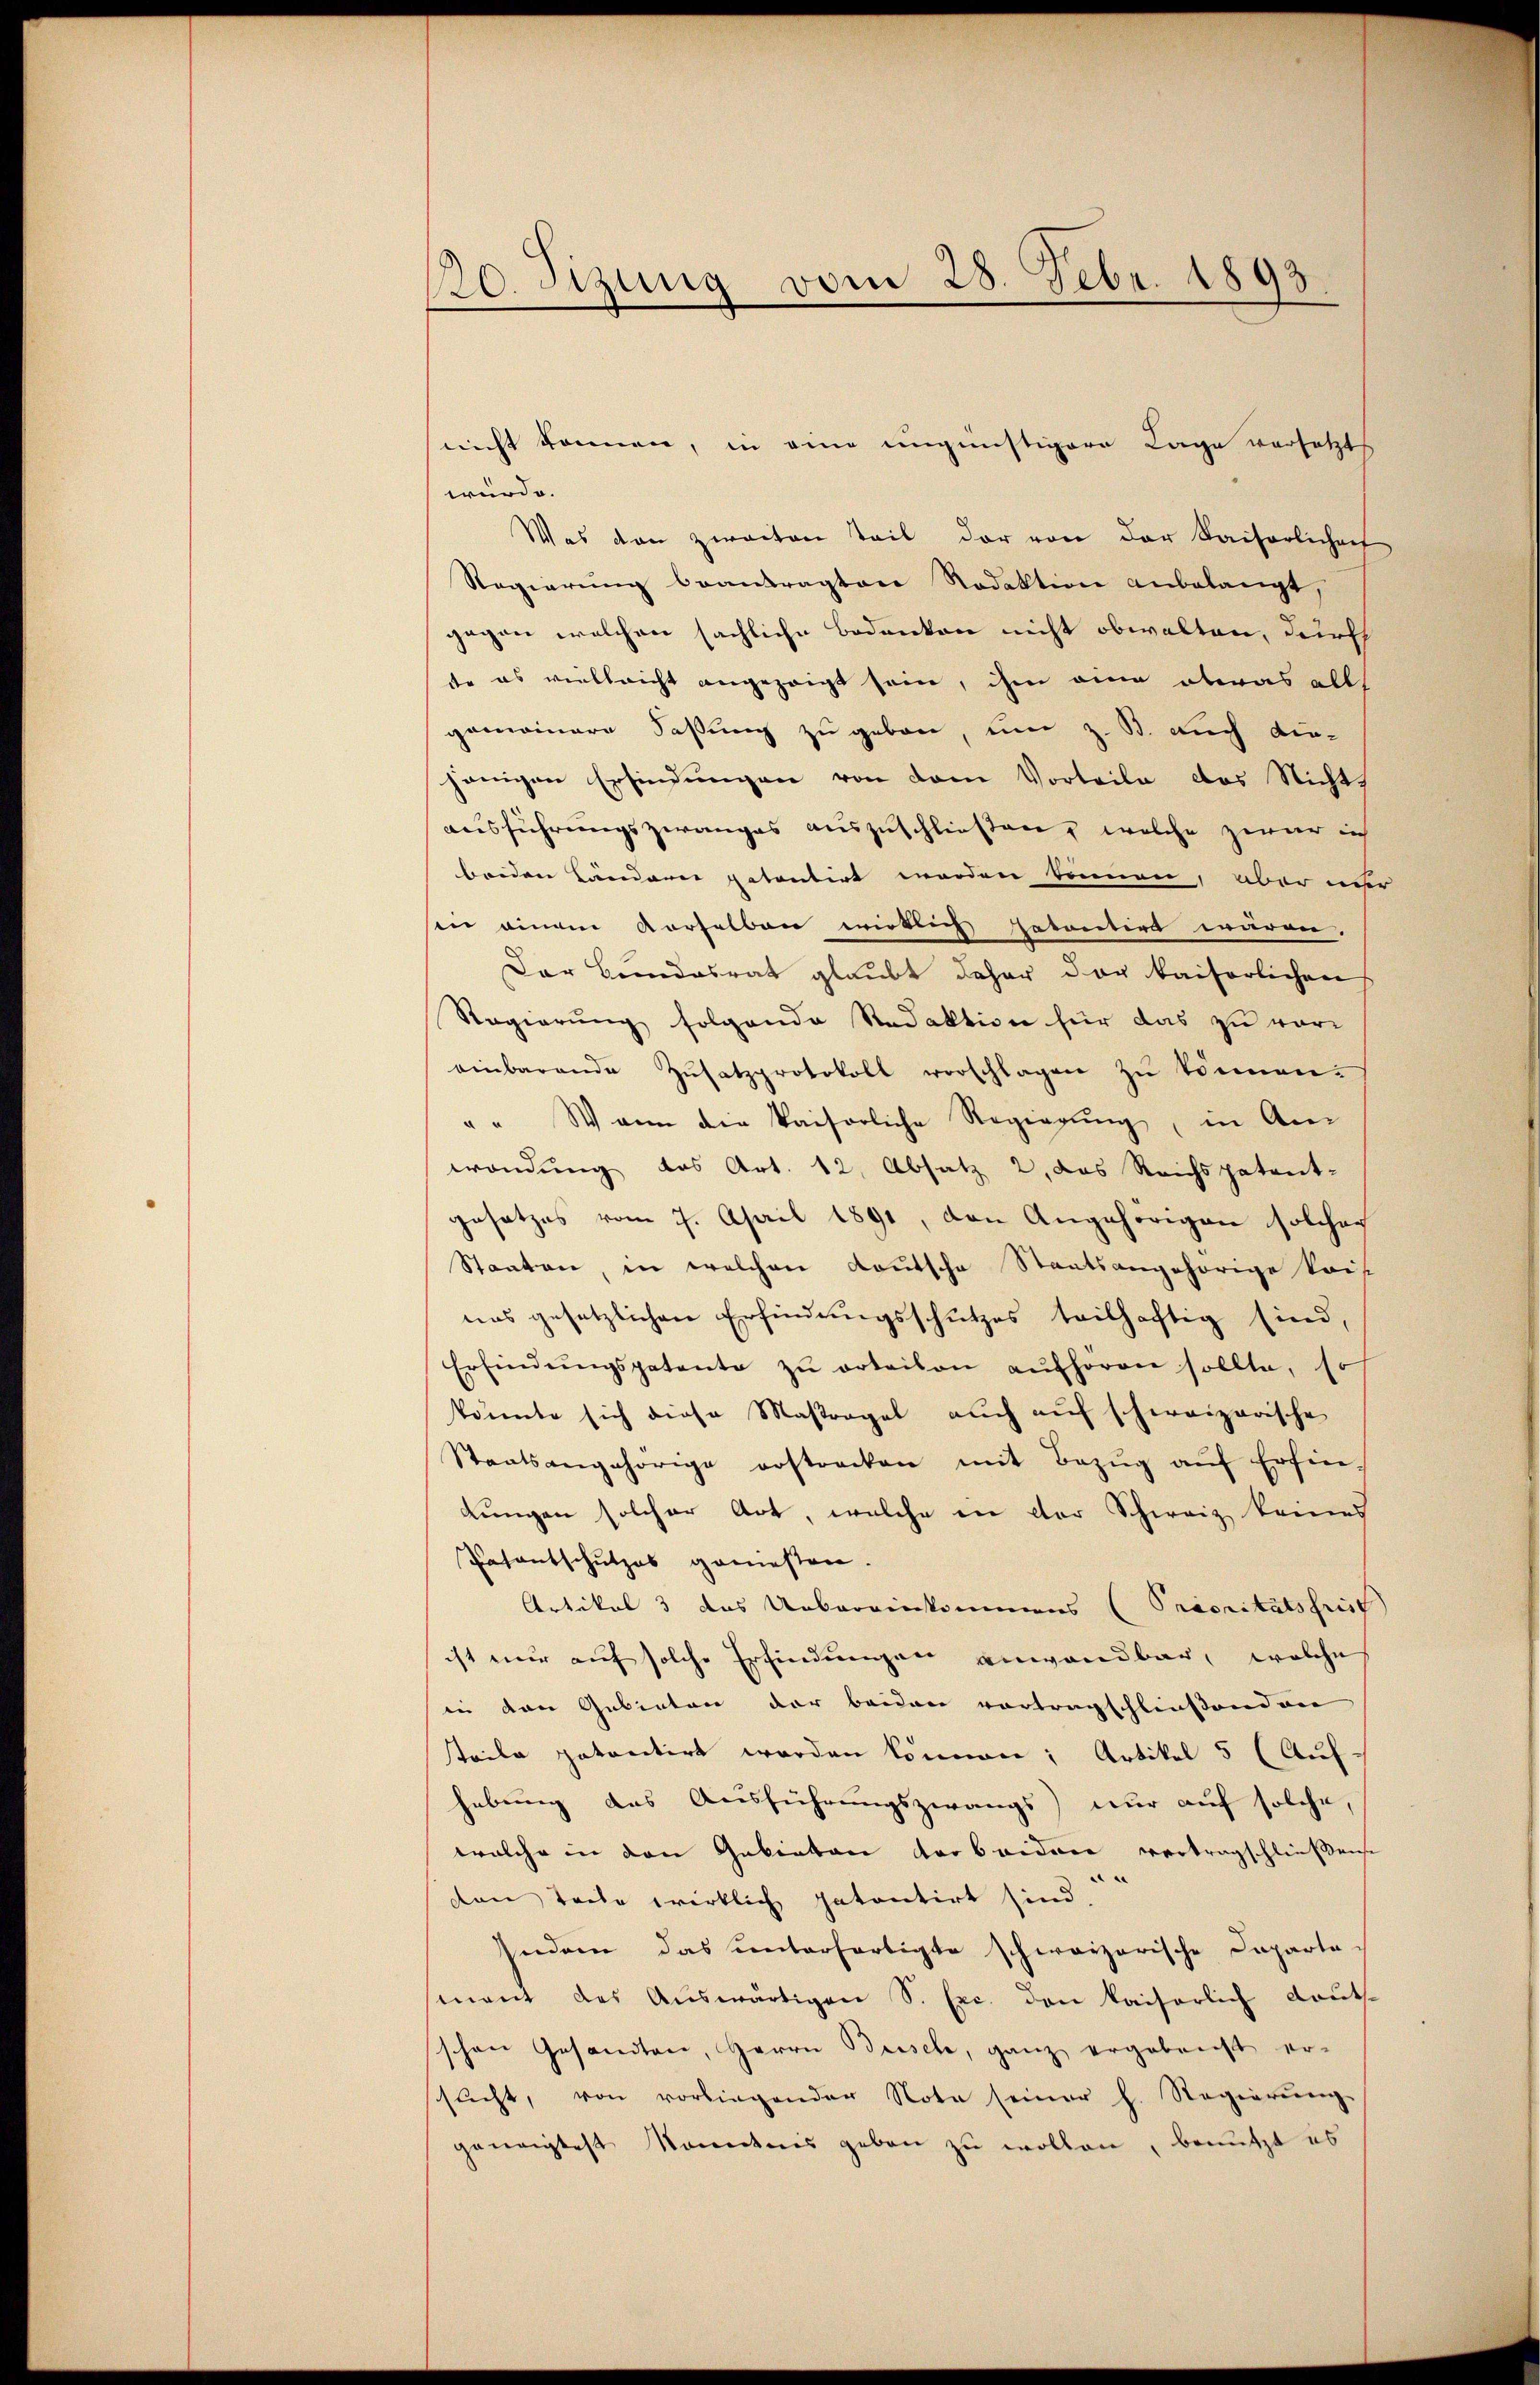
130. Sizung vom 28. Febr. 1893

würde.
Was dan zweiten Teil der von der Kaiserlichen
Regierŭng beantragten Redaktion anbelangt,
gegen welchen sächliche Bodenken nicht obwalten, durch
tte es vielleicht angezeigt sein, ihm eine etwas alls
gemeinere Faßung zu geben, um z. B. auch die-
jenigen Erfindungen von dem Vorteile das Nicht,
ausführungszwanges auszuschliessen, welche zwar in
beiden Ländern patentirt werden können, aber nur
sin einem verselben wirklich satantirt wären.
Dar Bundesrat glaubt daher der kaiserlichen
Regierung folgende Redaktion für das zu voreinbarende Zŭsatzprotokoll vorschlagen zŭ können.
" " Wann die kaiserliche Regierŭng, in An-
wendung das Art. 12. Absatz 2, das Reichspatent-
gesetzes vom 7. April 1891, den Angehörigen solcher
Staaten, in welchen Kautsche Staatsangehörige kais
nas gesetzlichen Erfindungsschutzes teilhaftig sind,
Erfindŭngspatente zŭ orteilen aŭfhoren sollte, so
könnte sich diese Maßregel auch aŭf schweizerische
Staatsangehörige erstrecken mit Bezŭg aŭf Erfin-
dungen solcher Art, welche in der Schweiz keines
Posentschutzes geniessen
Artikel 3 das Uebereinkommens (Prioritätsfrist
ist nur auf solche Erfindungen anwendbar, welche
in den Gebieten der beiden vortragschließenden
steile patentirt worden können; Artikel 5 (Auf-
hebung das Ausführungszwangs nur auf solche,
welche in den Gebieten der beidene vertragschließene
.
ton Teile wirklich patentirt sind.
Indem das unterfertigte schweizerische Caparte-
mant des Auswärtigen S. Exc. den kaiserlich deutschen Gesandten, Herrn Bessele, ganz ergebenst er-
sŭcht, von vorliegender Nota seiner h. Regierŭng
geneigtest konntnis geben zu wollen, benutzt es

nicht können, in eine ungünstigere Lage versetzt